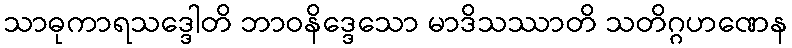
သာဓုကာရသဒ္ဒေါတိ ဘာဝနိဒ္ဒေသော မာဒိသဿာတိ သတိဂ္ဂဟဏေန